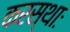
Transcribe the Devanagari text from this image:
करस्थाः